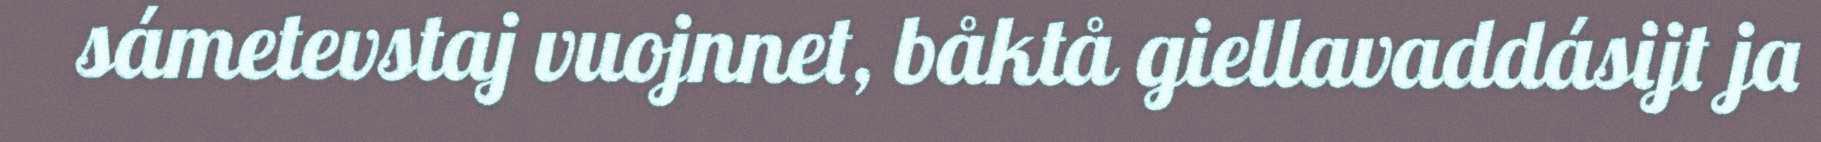
sámetevstaj vuojnnet, båktå giellavaddásijt ja